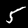
Digit: 5